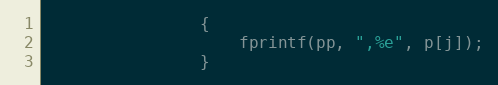
Language: C++
                {
                    fprintf(pp, ",%e", p[j]);
                }